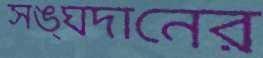
সঙ্ঘদানের